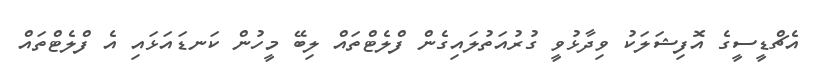
އެޗްޑީސީގެ އޮފިޝަލަކު ވިދާޅުވީ ގުރުއަތުލައިގެން ފްލެޓްތައް ލިބޭ މީހުން ކަނޑައަޅައި އެ ފްލެޓްތައް